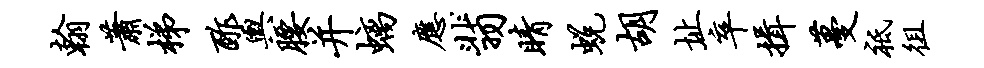
翰萧梯酢舆腰并螭应翡睛蜕胡址卒揖蔓祗徂